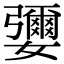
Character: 㜷